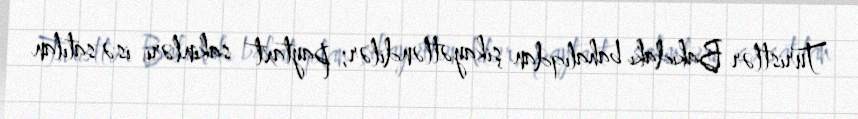
Turistlər Bakıdakı bahalıqdan şikayətləndilər; paytaxt sakinləri isə satılan